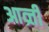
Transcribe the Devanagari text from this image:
आव्र्त्ती